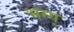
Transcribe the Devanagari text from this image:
भग्ग्